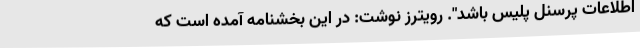
اطلاعات پرسنل پلیس باشد". رویترز نوشت: در این بخشنامه آمده است که